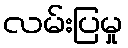
လမ်းပြမှု